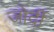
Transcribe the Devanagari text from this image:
जोर्दी